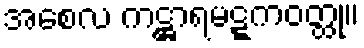
အစေလ ကဋ္ဌာရမဋ္ဋကဝတ္ထု။